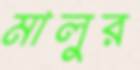
মালুর